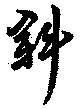
斜